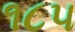
૧૮૫